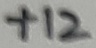
Text: +12